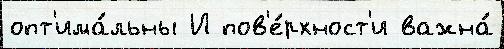
опт'има́льны И пов'е́рхност'и важна́